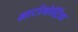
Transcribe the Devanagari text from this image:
आर्टाबोट्रिस